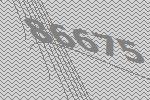
86675